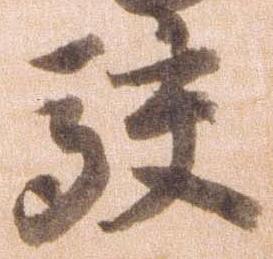
駮